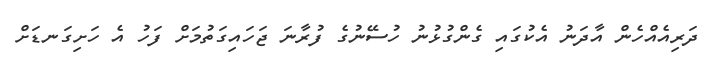
ދަރިއެއްހެން އާދަނު އެކުގައި ގެންގުޅުނު ހުސޭނުގެ ފުރާނަ ޖަހައިގަތުމަށް ފަހު އެ ހަށިގަނޑަށް